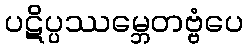
ပဋိပ္ပဿမ္ဘေတဗ္ဗံပေ